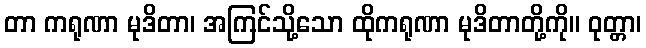
တာ ကရုဏာ မုဒိတာ၊ အကြင်သို့သော ထိုကရုဏာ မုဒိတာတို့ကို။ ဝုတ္တာ၊